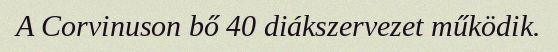
A Corvinuson bő 40 diákszervezet működik.